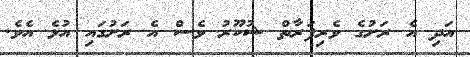
އަދި އެ ރަށުގެ ވެރިފަރާތް ޝުކޫރު ވެސް އެ ރަށުގައި އުޅެ އެވެ.